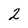
Character: 2